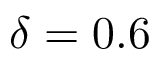
\delta = 0 . 6